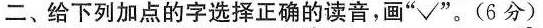
二、给下列加点的字选择正确的读音，画“√”。（6分）